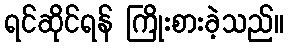
ရင်ဆိုင်ရန် ကြိုးစားခဲ့သည်။